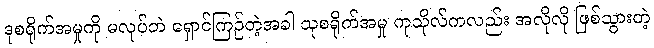
ဒုစရိုက်အမှုကို မလုပ်ဘဲ ရှောင်ကြဉ်တဲ့အခါ သုစရိုက်အမှု ကုသိုလ်ကလည်း အလိုလို ဖြစ်သွားတဲ့